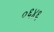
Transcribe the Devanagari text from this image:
०६४६